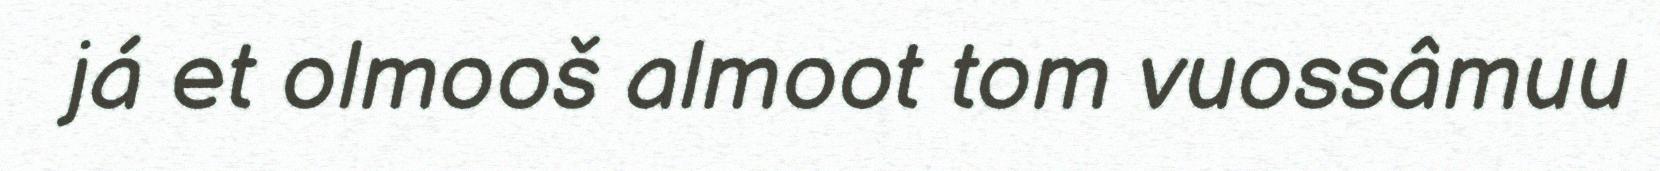
já et olmooš almoot tom vuossâmuu